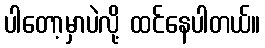
ပါတော့မှာပဲလို့ ထင်နေပါတယ်။